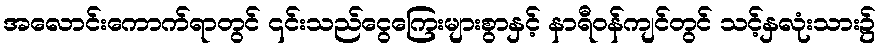
အလောင်းကောက်ရာတွင် ၎င်းသည်ငွေကြေးများစွာနှင့် နာရီဝန်ကျင်တွင် သင့်နှလုံးသား၌